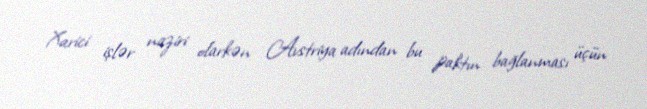
Xarici işlər naziri olarkən Avstriya adından bu paktın bağlanması üçün